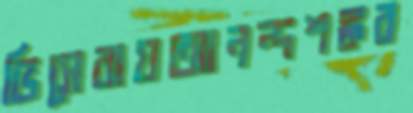
ভিসেরায়আনন্দশঙ্কর